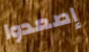
إصعدوا